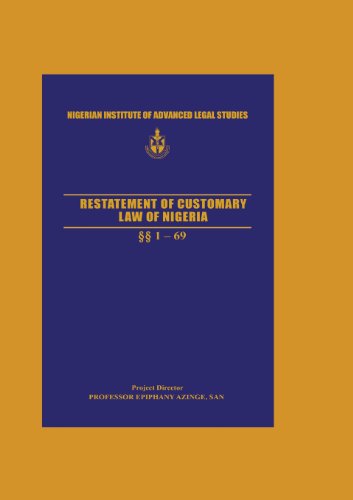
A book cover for Restatement of Customary Law of Nigeria; Law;